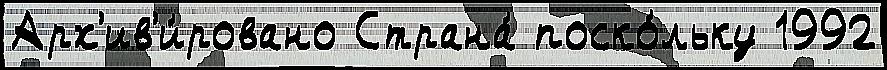
Арх'ив'и́ровано Страна́ поско́льку 1992